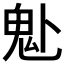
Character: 𩱻